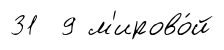
31 9 м'ирово́й